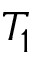
T _ { 1 }